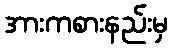
အားကစားနည်းမှ